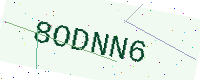
Text: 8ODNN6